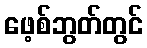
ဖေ့စ်ဘွတ်တွင်